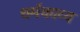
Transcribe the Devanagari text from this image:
धर्मकाव्य